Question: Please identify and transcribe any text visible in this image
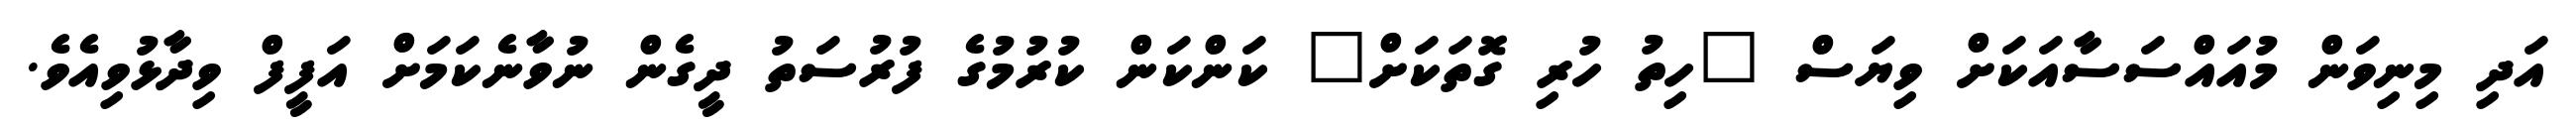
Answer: އަދި މިނިވަން މުއައްސަސާއަކަށް ވިޔަސް "ހިތު ހުރި ގޮތަކަށް" ކަންކަން ކުރުމުގެ ފުރުސަތު ދީގެން ނުވާނެކަމަށް އަފީފް ވިދާޅުވިއެވެ.